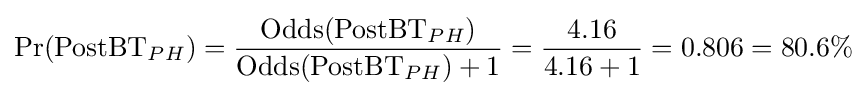
\Pr({\text{PostBT}}_{PH})={\frac {\operatorname {Odds} ({\text{PostBT}}_{PH})}{\operatorname {Odds} ({\text{PostBT}}_{PH})+1}}={\frac {4.16}{4.16+1}}=0.806=80.6\%